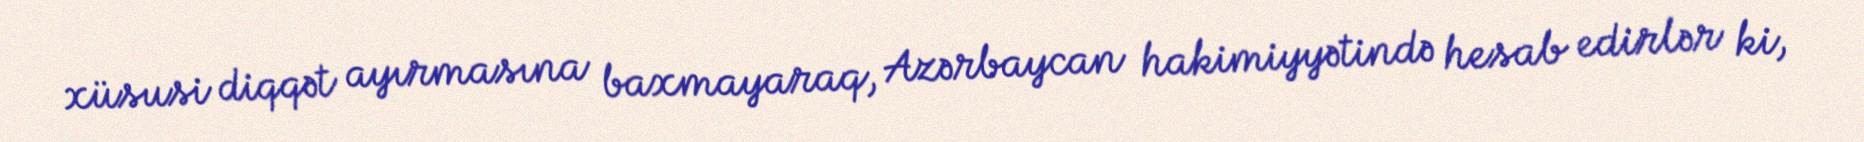
xüsusi diqqət ayırmasına baxmayaraq, Azərbaycan hakimiyyətində hesab edirlər ki,